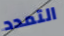
التمدد